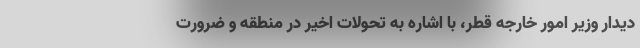
دیدار وزیر امور خارجه قطر، با اشاره به تحولات اخیر در منطقه و ضرورت